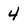
Character: 4